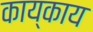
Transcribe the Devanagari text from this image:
काय्काय